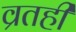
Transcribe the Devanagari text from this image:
व्रतही